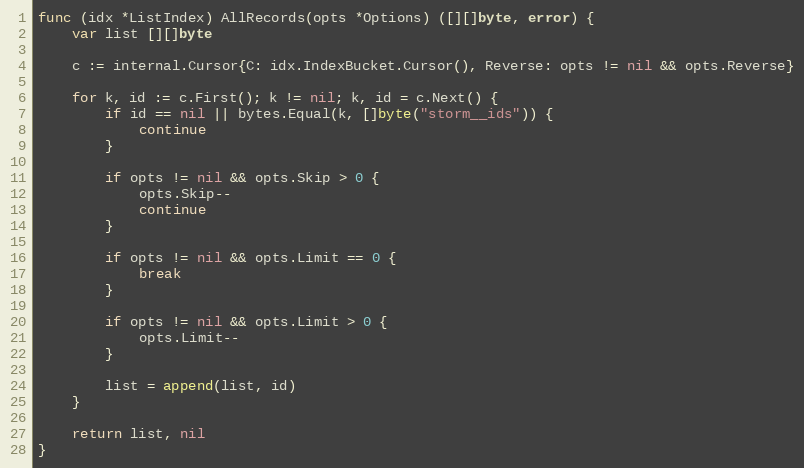
Language: Go
func (idx *ListIndex) AllRecords(opts *Options) ([][]byte, error) {
	var list [][]byte

	c := internal.Cursor{C: idx.IndexBucket.Cursor(), Reverse: opts != nil && opts.Reverse}

	for k, id := c.First(); k != nil; k, id = c.Next() {
		if id == nil || bytes.Equal(k, []byte("storm__ids")) {
			continue
		}

		if opts != nil && opts.Skip > 0 {
			opts.Skip--
			continue
		}

		if opts != nil && opts.Limit == 0 {
			break
		}

		if opts != nil && opts.Limit > 0 {
			opts.Limit--
		}

		list = append(list, id)
	}

	return list, nil
}